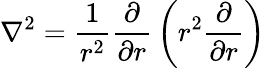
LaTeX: \nabla^{2}={\frac{1}{r^{2}}}{\frac{\partial}{\partial r}}\left(r^{2}{\frac{\partial}{\partial r}}\right)